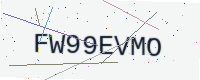
Text: FW99EVMO